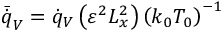
\Bar { \Dot { q } } _ { V } = \Dot { q } _ { V } \left( \varepsilon ^ { 2 } L _ { x } ^ { 2 } \right) \left( k _ { 0 } T _ { 0 } \right) ^ { - 1 }